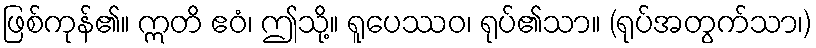
ဖြစ်ကုန်၏။ ဣတိ ဧဝံ၊ ဤသို့။ ရူပေဿဝ၊ ရုပ်၏သာ။ (ရုပ်အတွက်သာ၊)